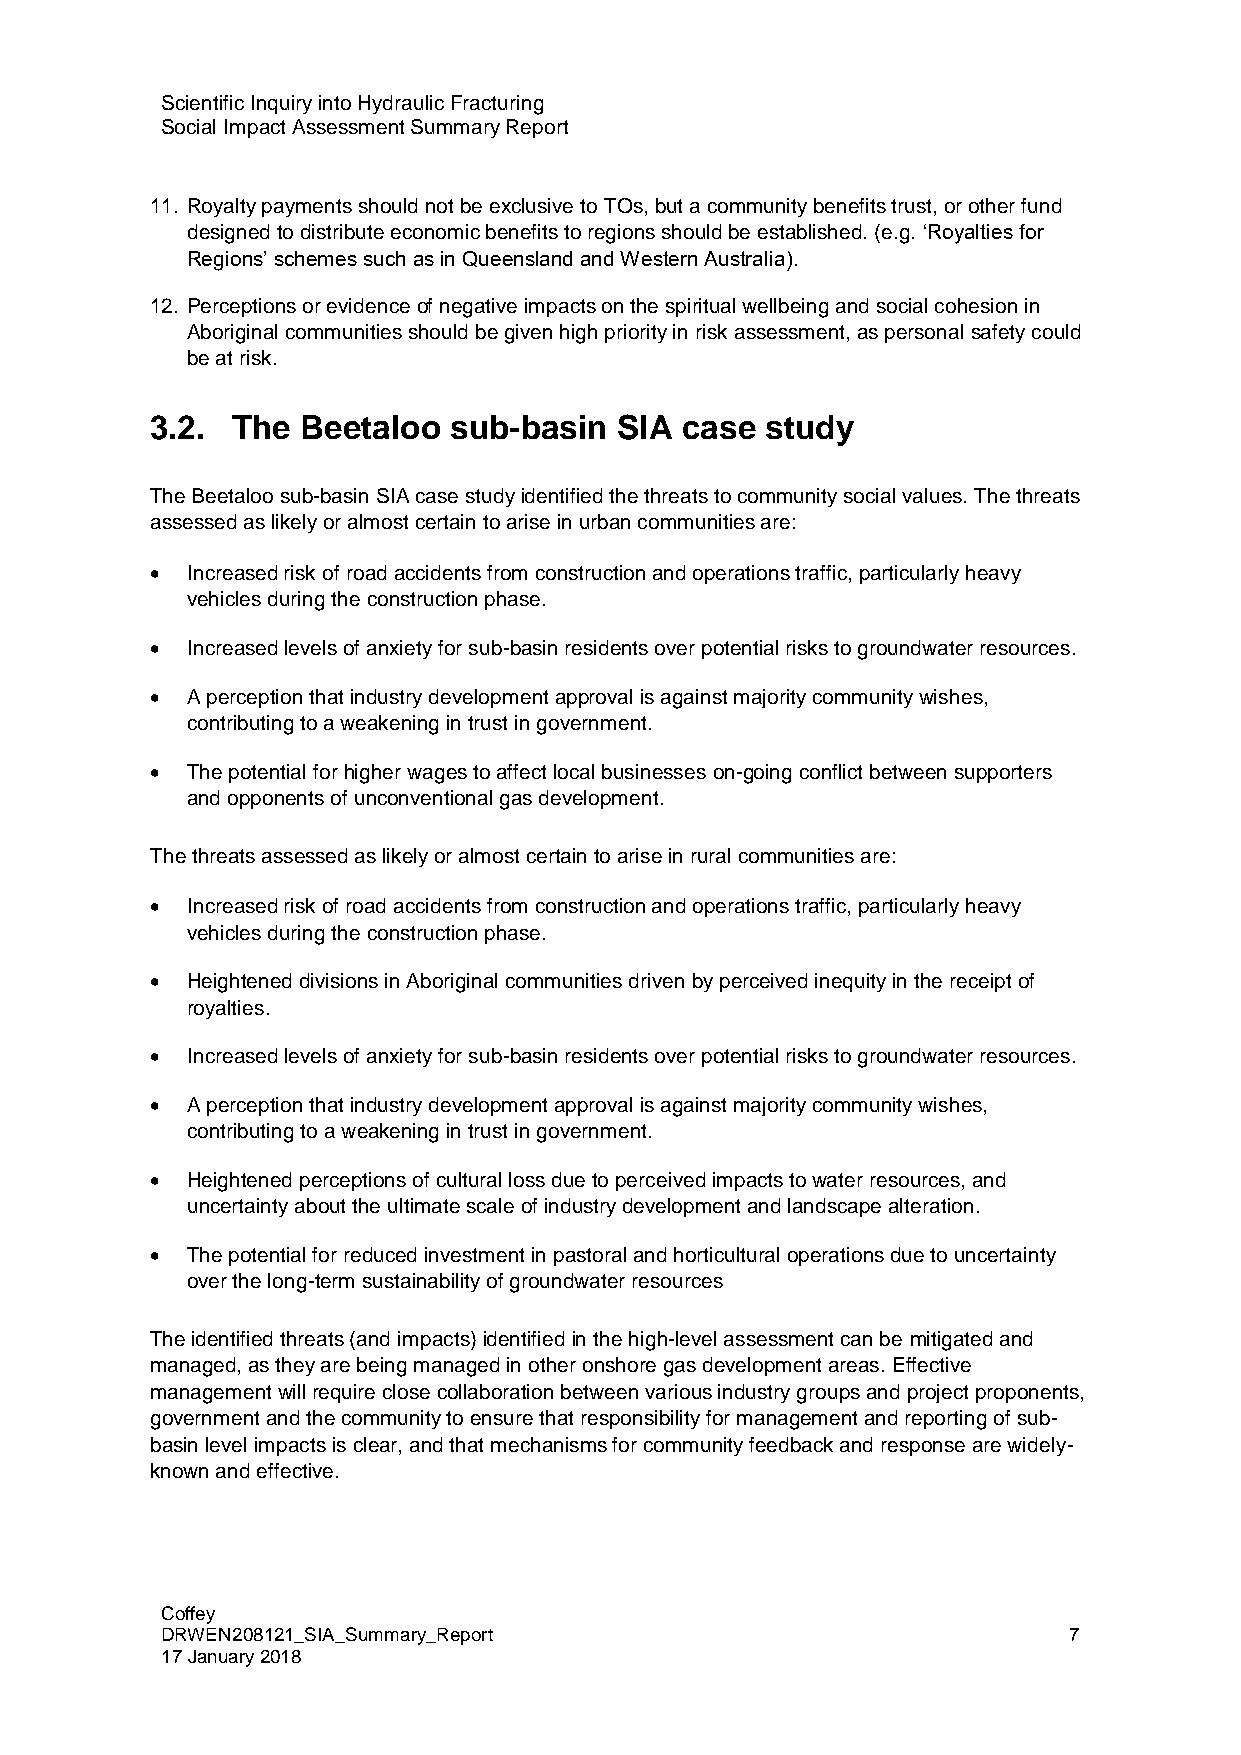
Scientific Inquiry into Hydraulic Fracturing
 Social Impact Assessment Summary Report
 11. Royalty payments should not be exclusive to TOs, but a community benefits trust, or other fund
 designed to distribute economic benefits to regions should be established. (e.g. ‘Royalties for
 Regions’ schemes such as in Queensland and Western Australia).
 12. Perceptions or evidence of negative impacts on the spiritual wellbeing and social cohesion in
 Aboriginal communities should be given high priority in risk assessment, as personal safety could
 be at risk.
 3.2. The  Beetaloo  sub-basin  SIA case  study
 The Beetaloo sub-basin SIA case study identified the threats to community social values. The threats
 assessed as likely or almost certain to arise in urban communities are:
 • Increased risk of road accidents from construction and operations traffic, particularly heavy
 vehicles during the construction phase.
 • Increased levels of anxiety for sub-basin residents over potential risks to groundwater resources.
 • A perception that industry development approval is against majority community wishes,
 contributing to a weakening in trust in government.
 • The potential for higher wages to affect local businesses on-going conflict between supporters
 and opponents of unconventional gas development.
 The threats assessed as likely or almost certain to arise in rural communities are:
 • Increased risk of road accidents from construction and operations traffic, particularly heavy
 vehicles during the construction phase.
 • Heightened divisions in Aboriginal communities driven by perceived inequity in the receipt of
 royalties.
 • Increased levels of anxiety for sub-basin residents over potential risks to groundwater resources.
 • A perception that industry development approval is against majority community wishes,
 contributing to a weakening in trust in government.
 • Heightened perceptions of cultural loss due to perceived impacts to water resources, and
 uncertainty about the ultimate scale of industry development and landscape alteration.
 • The potential for reduced investment in pastoral and horticultural operations due to uncertainty
 over the long-term sustainability of groundwater resources
 The identified threats (and impacts) identified in the high-level assessment can be mitigated and
 managed, as they are being managed in other onshore gas development areas. Effective
 management will require close collaboration between various industry groups and project proponents,
 government and the community to ensure that responsibility for management and reporting of sub-
 basin level impacts is clear, and that mechanisms for community feedback and response are widely-
 known and effective.
 Coffey
 DRWEN208121_SIA_Summary_Report                              7
 17 January 2018